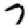
Digit: 7